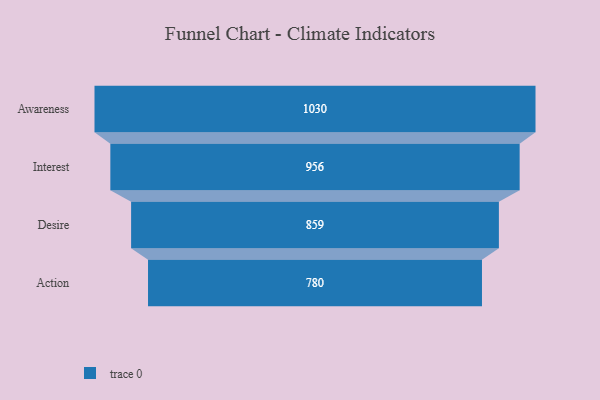
{"axis": {"x": "Stage", "y": "Value"}, "legend": [""], "data": [{"x": "Awareness", "y": 1030.0, "type": ""}, {"x": "Interest", "y": 956.0, "type": ""}, {"x": "Desire", "y": 859.0, "type": ""}, {"x": "Action", "y": 780.0, "type": ""}]}